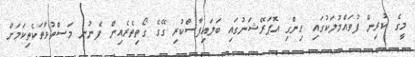
މީގެ ކުރިން ފުވައްމުލަކުގައި ހިންގި އޮޕަރޭޝަނުގައި ބަލައިފާސްކުރި ގޭގެ ގޯތިތެރެއިން ފެނުނު މަސްތުވާތަކެތިކަމަށް